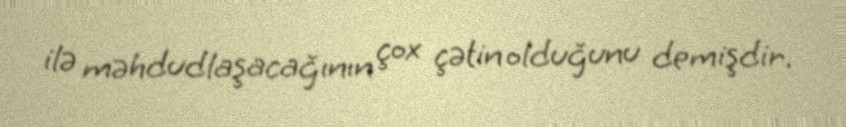
ilə məhdudlaşacağının çox çətin olduğunu demişdir.